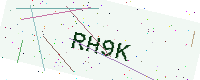
Text: RH9K